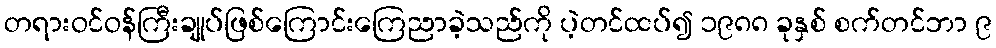
တရားဝင်ဝန်ကြီးချုပ်ဖြစ်ကြောင်းကြေညာခဲ့သည်ကို ပဲ့တင်ထပ်၍ ၁၉၈၈ ခုနှစ် စက်တင်ဘာ ၉